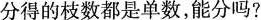
分得的枝数都是单数，能分吗?